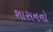
શાસનનો